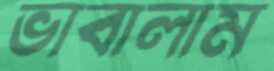
ভাবালাম